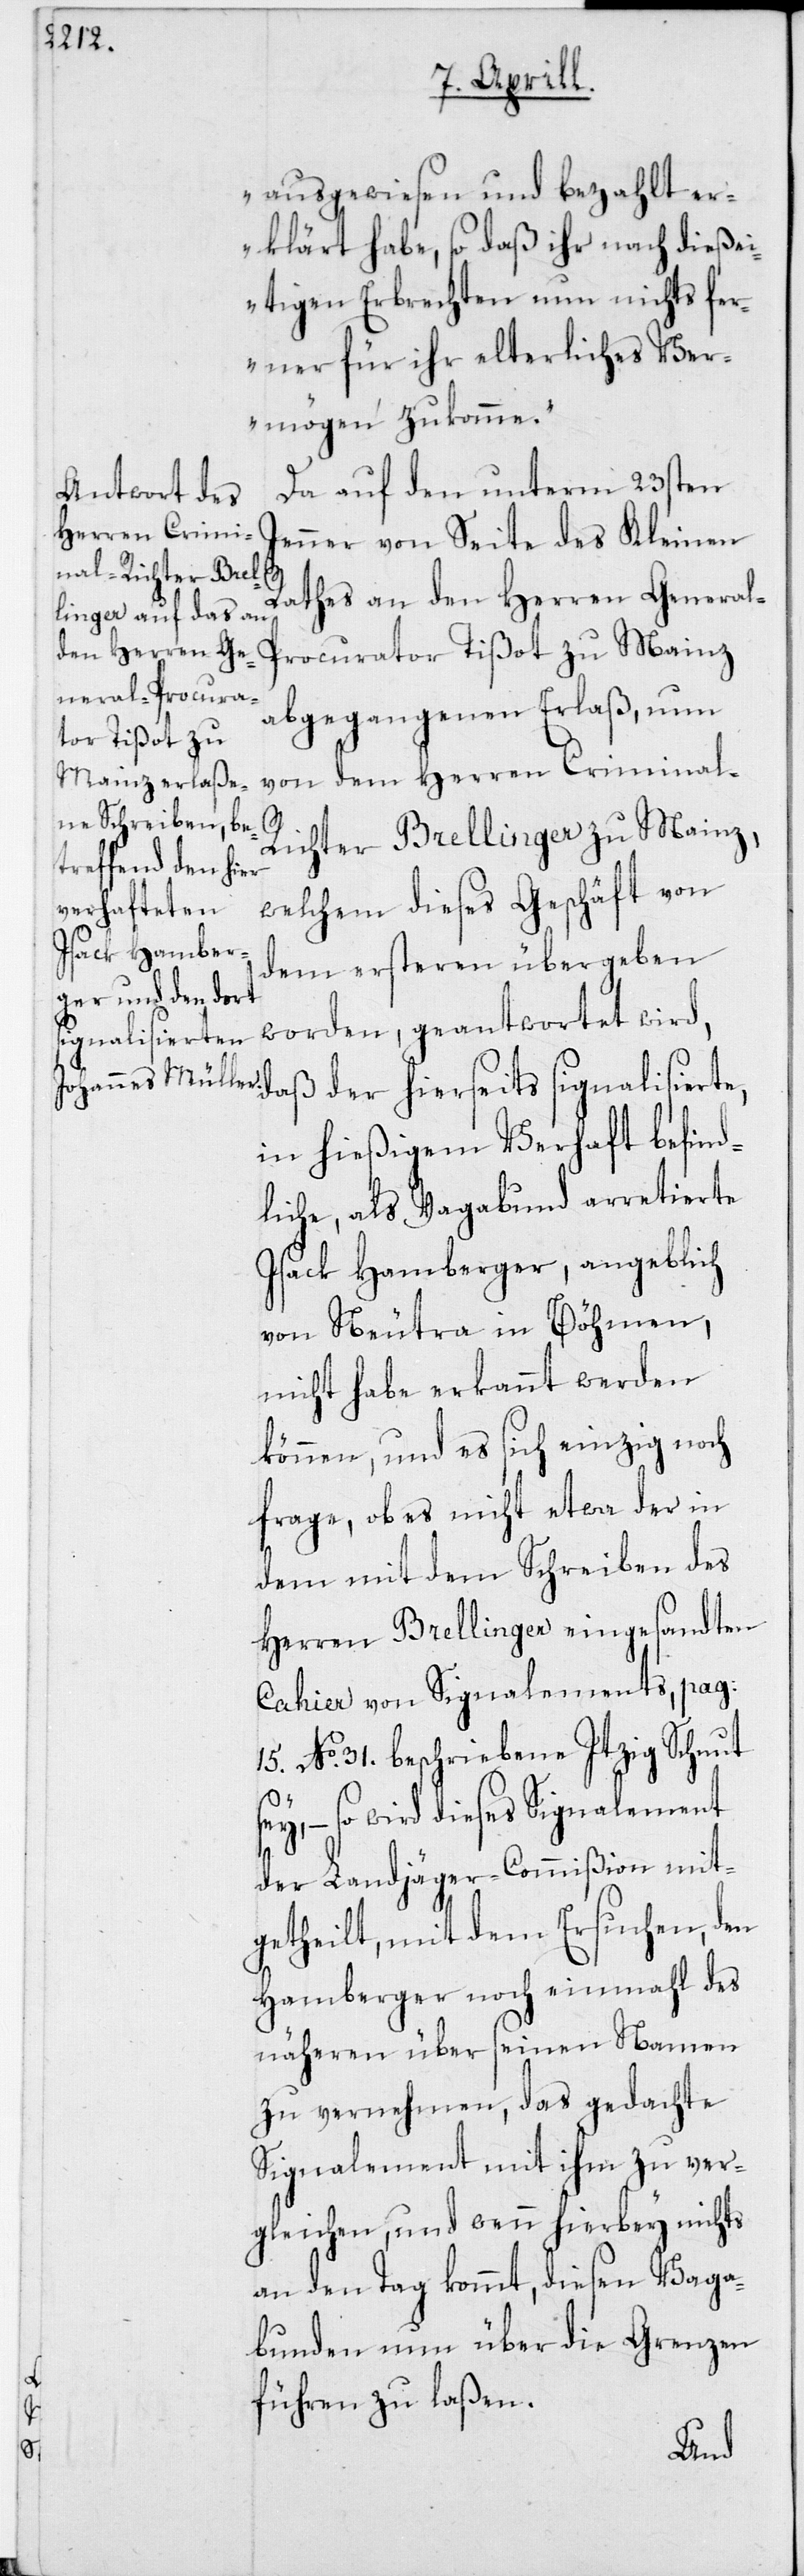
ausgewiesen und bezahlt er¬
klärt habe, so daß ihr nach dieße¬
itigen Erbrechten nun nichts fer¬
ner für ihr elterliches Ver¬
mögen zukomme.“
Da auf den unterm 23sten
Jenner von Seite des Kleinen
Rathes an den Herren Genera¬
l-Procurator Tißot zu Mainz
abgegangenen Erlaß, nun
von dem Herren Criminal-R¬
ichter Brellinger zu Mainz,
welchem dieses Geschäft von
dem ersteren übergeben
worden, geantwortet wird,
daß der hierseits signalisierte,
in hießigem Verhaft befind¬
liche, als Vagabund arretierte
Isack Hamberger, angeblich
von Neutra in Böhmen,
nicht habe erkannt werden
können, und es sich einzig noch
frage, ob es nicht etwa der in
dem mit dem Schreiben des
Herren Brellinger eingesandten
Cahier von Signalements, pag:
15. No 31. 1beschriebene Itzig Schnut
– so wird dieses Signalement
der Landjäger-Commißion mit¬
getheilt, mit dem Ersuchen, den
Hamberger noch einmahl des
näheren über seinen Namen
zu vernehmen, das gedachte
Signalement mit ihm zu ver¬
gleichen, und wenn hierbey nichts
an den Tag kommt, diesen Vaga¬
bunden nun über die Grenzen
führen zu laßen.